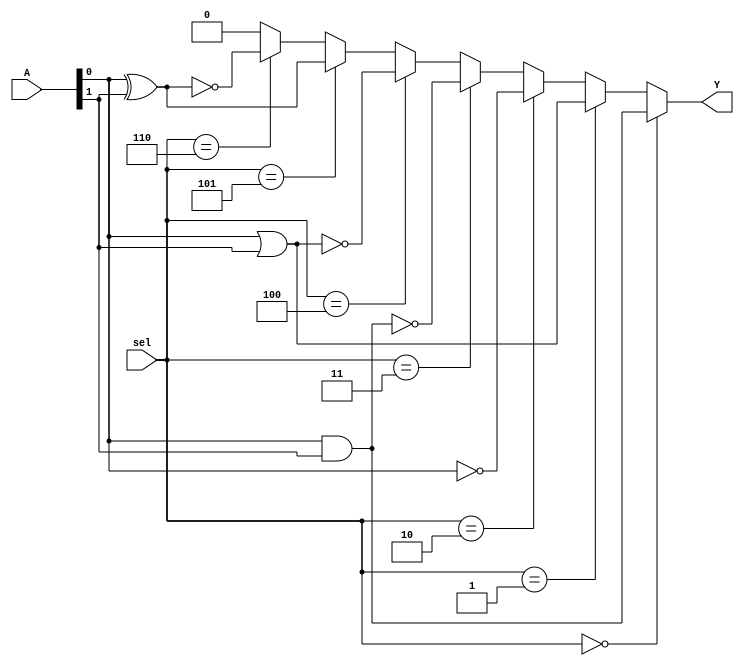
module CLB (
    input wire [3:0] A,   // Inputs A[3:0], can be 2 to 4 inputs
    input wire [2:0] sel, // Select signal for choosing the logic function
    output wire Y         // Output Y
);

// Define the logic functions
wire and_out, or_out, not_out, nand_out, nor_out, xor_out, xnor_out;

// Implementing basic combinational logic functions
assign and_out = A[0] & A[1];
assign or_out  = A[0] | A[1];
assign not_out = ~A[0]; // NOT operation on A[0]
assign nand_out = ~(A[0] & A[1]);
assign nor_out = ~(A[0] | A[1]);
assign xor_out = A[0] ^ A[1];
assign xnor_out = ~(A[0] ^ A[1]);

// Multiplexer to select the output based on 'sel'
assign Y = (sel == 3'b000) ? and_out :
           (sel == 3'b001) ? or_out :
           (sel == 3'b010) ? not_out :
           (sel == 3'b011) ? nand_out :
           (sel == 3'b100) ? nor_out :
           (sel == 3'b101) ? xor_out :
           (sel == 3'b110) ? xnor_out : 1'b0; // Default to 0 if none match

endmodule